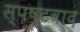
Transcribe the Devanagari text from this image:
स्पष्टवाद